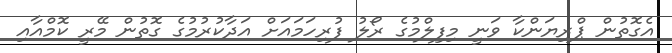
އެގޮތުން ޕްރިޔަންކާ ވަނީ މިފިލްމުގެ ރޯލު ފުރިހަމައަށް އަދާކުރުމުގެ ގޮތުން މޭރީ ކޮމްއާއި